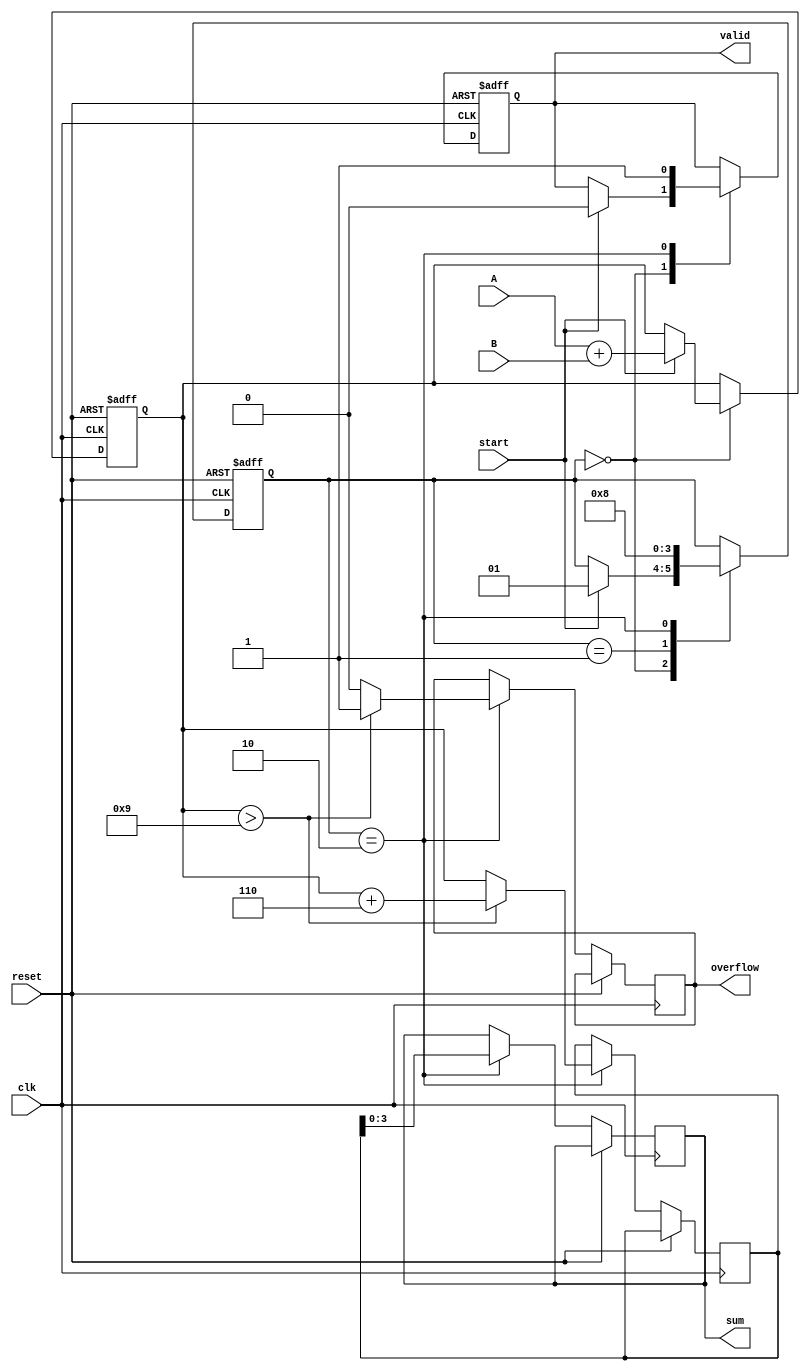
module BCD_Pipelined_Adder(
    input wire clk,          // Clock signal
    input wire reset,        // Reset signal
    input wire start,        // Control signal to start addition
    input wire [3:0] A,     // First BCD input
    input wire [3:0] B,     // Second BCD input
    output reg [3:0] sum,    // Resulting BCD output
    output reg overflow,     // Overflow signal
    output reg valid         // Valid signal indicating output readiness
);

    reg [4:0] stage1_sum;   // Stage 1 sum (5 bits to accommodate carry)
    reg [4:0] stage2_sum;   // Stage 2 sum after BCD correction
    reg [1:0] state;        // Pipelined state (0: idle, 1: stage1, 2: stage2)
    
    localparam IDLE = 2'b00;
    localparam STAGE1 = 2'b01;
    localparam STAGE2 = 2'b10;
    
    // Stage 1: Initial Addition
    always @(posedge clk or posedge reset) begin
        if (reset) begin
            stage1_sum <= 5'b0;
            state <= IDLE;
            valid <= 0;
        end else begin
            case (state)
                IDLE: begin
                    if (start) begin
                        stage1_sum <= A + B; // Perform initial addition
                        state <= STAGE1;
                        valid <= 0; // Mark as invalid until processing completes
                    end
                end
                STAGE1: begin
                    state <= STAGE2; // Move to stage 2
                end
                STAGE2: begin
                    // Stage 2: BCD Correction
                    if (stage1_sum > 9) begin
                        stage2_sum <= stage1_sum + 5'b0110; // Add 6 for BCD correction
                        overflow <= 1; // Set overflow flag
                    end else begin
                        stage2_sum <= stage1_sum; // No correction needed
                        overflow <= 0; // Clear overflow flag
                    end
                    
                    sum <= stage2_sum[3:0]; // Output the lower 4 bits as sum
                    valid <= 1; // Set valid signal
                    state <= IDLE; // Go back to IDLE state for next operation
                end
            endcase
        end
    end
endmodule